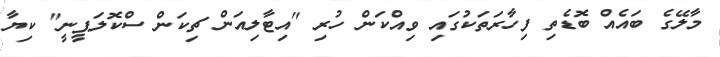
މާލޭގެ ބައެއް ބޮޑެތި ފިހާރަތަކުގައި ވިއްކަން ހުރި "އިޓާލިއަން ޗިކަން ސްކޮލަޕީނީ" ކިޔާ